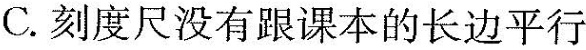
C. 刻度尺没有跟课本的长边平行